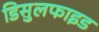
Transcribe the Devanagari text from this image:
डिसुलफाइड